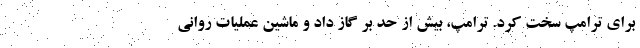
برای ترامپ سخت کرد. ترامپ، بیش از حد بر گاز داد و ماشین عملیات روانی